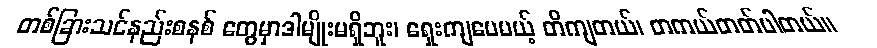
တစ်ခြားသင်နည်းစနစ် တွေမှာဒါမျိုးမရှိဘူး၊ ရှေးကျပေမယ့် တိကျတယ်၊ တကယ်တတ်ပါတယ်။